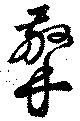
擎